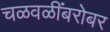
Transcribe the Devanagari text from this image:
चळवळींबरोबर